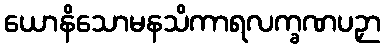
ယောနိသောမနသိကာရလက္ခဏပဉှာ